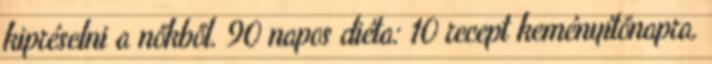
kipréselni a nőkből. 90 napos diéta: 10 recept keményítőnapra,